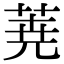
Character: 𮏔